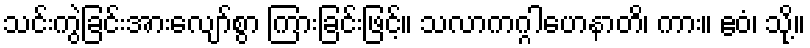
သင်းကွဲခြင်းအားလျော်စွာ ကြားခြင်းဖြင့်။ သလာကဂ္ဂါဟေနာတိ၊ ကား။ ဧဝံ၊ သို့။